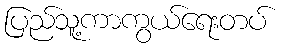
ပြည်သူ့ကာကွယ်ရေးတပ်